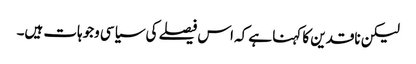
لیکن ناقدین کا کہنا ہے کہ اس فیصلے کی سیاسی وجوہات ہیں۔